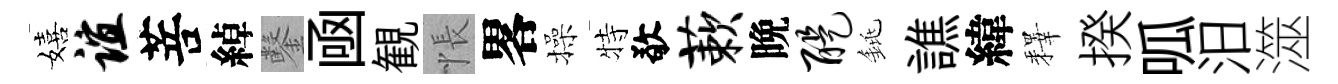
嬉谊菩綽鑿凾観悵畧操特敬蔌晩醍銚譙緯釋揆呱汨澨